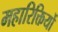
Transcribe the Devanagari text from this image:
महारिक्तियों